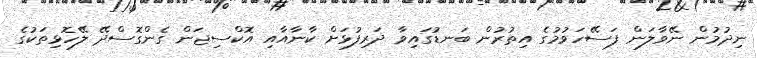
ނިދުމުން ނޭވާލަން ފަސޭހަވުމުގެ އިތުރުން ބަނޑުގައިވާ ދަރިފުޅަށް ކާނާއާއި އޮކްސިޖަން ގެންގޮސްދޭ ލޭހޮޅިތަކުގެ